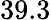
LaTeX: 39.3